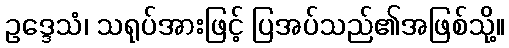
ဥဒ္ဒေသံ၊ သရုပ်အားဖြင့် ပြအပ်သည်၏အဖြစ်သို့။